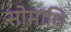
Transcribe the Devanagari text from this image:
सोमाधि